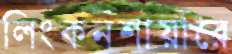
লিংকনশায়ারে